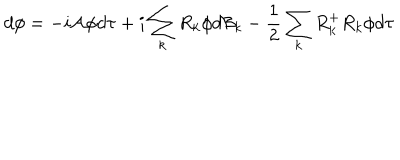
LaTeX: d \phi = - i { \cal A } \phi d \tau + i \sum _ { k } R _ { k } \phi d { \cal B } _ { k } - \frac { 1 } { 2 } \sum _ { k } R _ { k } ^ { + } R _ { k } \phi d \tau